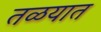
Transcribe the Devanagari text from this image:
तळयात